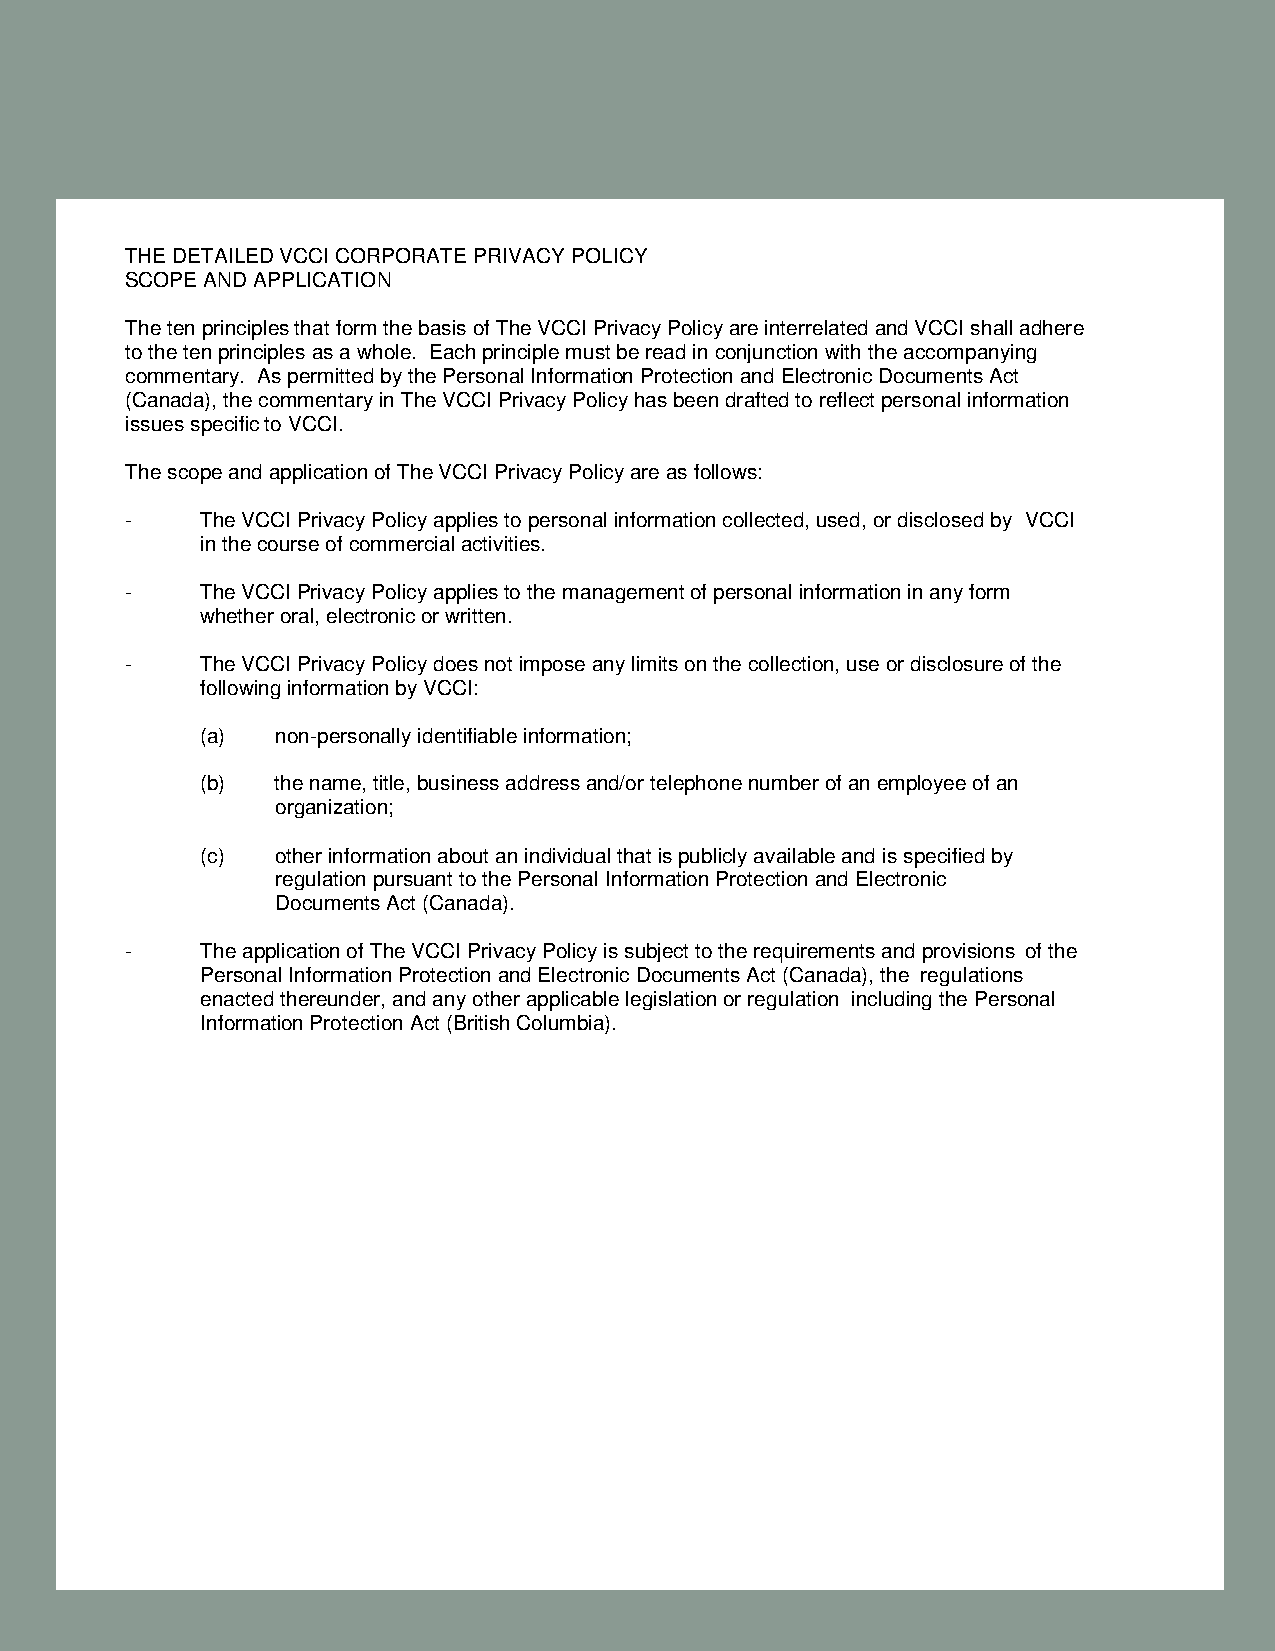
THE DETAILED VCCI CORPORATE PRIVACY POLICY
 SCOPE AND APPLICATION
 The ten principles that form the basis of The VCCI Privacy Policy are interrelated and VCCI shall adhere
 to the ten principles as a whole. Each principle must be read in conjunction with the accompanying
 commentary. As permitted by the Personal Information Protection and Electronic Documents Act
 (Canada), the commentary in The VCCI Privacy Policy has been drafted to reflect personal information
 issues specific to VCCI.
 The scope and application of The VCCI Privacy Policy are as follows:
 -    The VCCI Privacy Policy applies to personal information collected, used, or disclosed by VCCI
 in the course of commercial activities.
 -    The VCCI Privacy Policy applies to the management of personal information in any form
 whether oral, electronic or written.
 -    The VCCI Privacy Policy does not impose any limits on the collection, use or disclosure of the
 following information by VCCI:
 (a)  non-personally identifiable information;
 (b)  the name, title, business address and/or telephone number of an employee of an
 organization;
 (c)  other information about an individual that is publicly available and is specified by
 regulation pursuant to the Personal Information Protection and Electronic
 Documents Act (Canada).
 -    The application of The VCCI Privacy Policy is subject to the requirements and provisions of the
 Personal Information Protection and Electronic Documents Act (Canada), the regulations
 enacted thereunder, and any other applicable legislation or regulation including the Personal
 Information Protection Act (British Columbia).